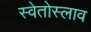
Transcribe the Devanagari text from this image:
स्वेतोस्लाव